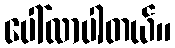
ပေါ်လာပါတယ်။